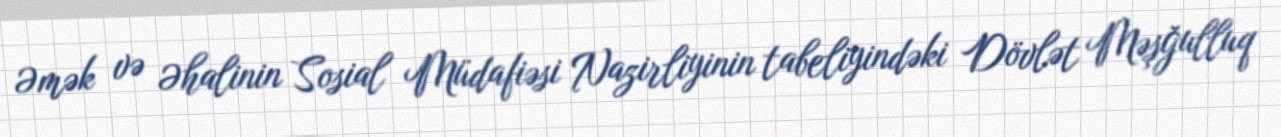
Əmək və Əhalinin Sosial Müdafiəsi Nazirliyinin tabeliyindəki Dövlət Məşğulluq